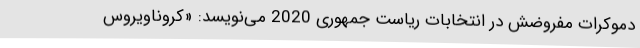
دموکرات مفروضش در انتخابات ریاست جمهوری 2020 می‌نویسد: «کروناویروس